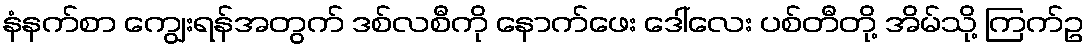
နံနက်စာ ကျွေးရန်အတွက် ဒစ်လစီကို နောက်ဖေး ဒေါ်လေး ပစ်တီတို့ အိမ်သို့ ကြက်ဥ